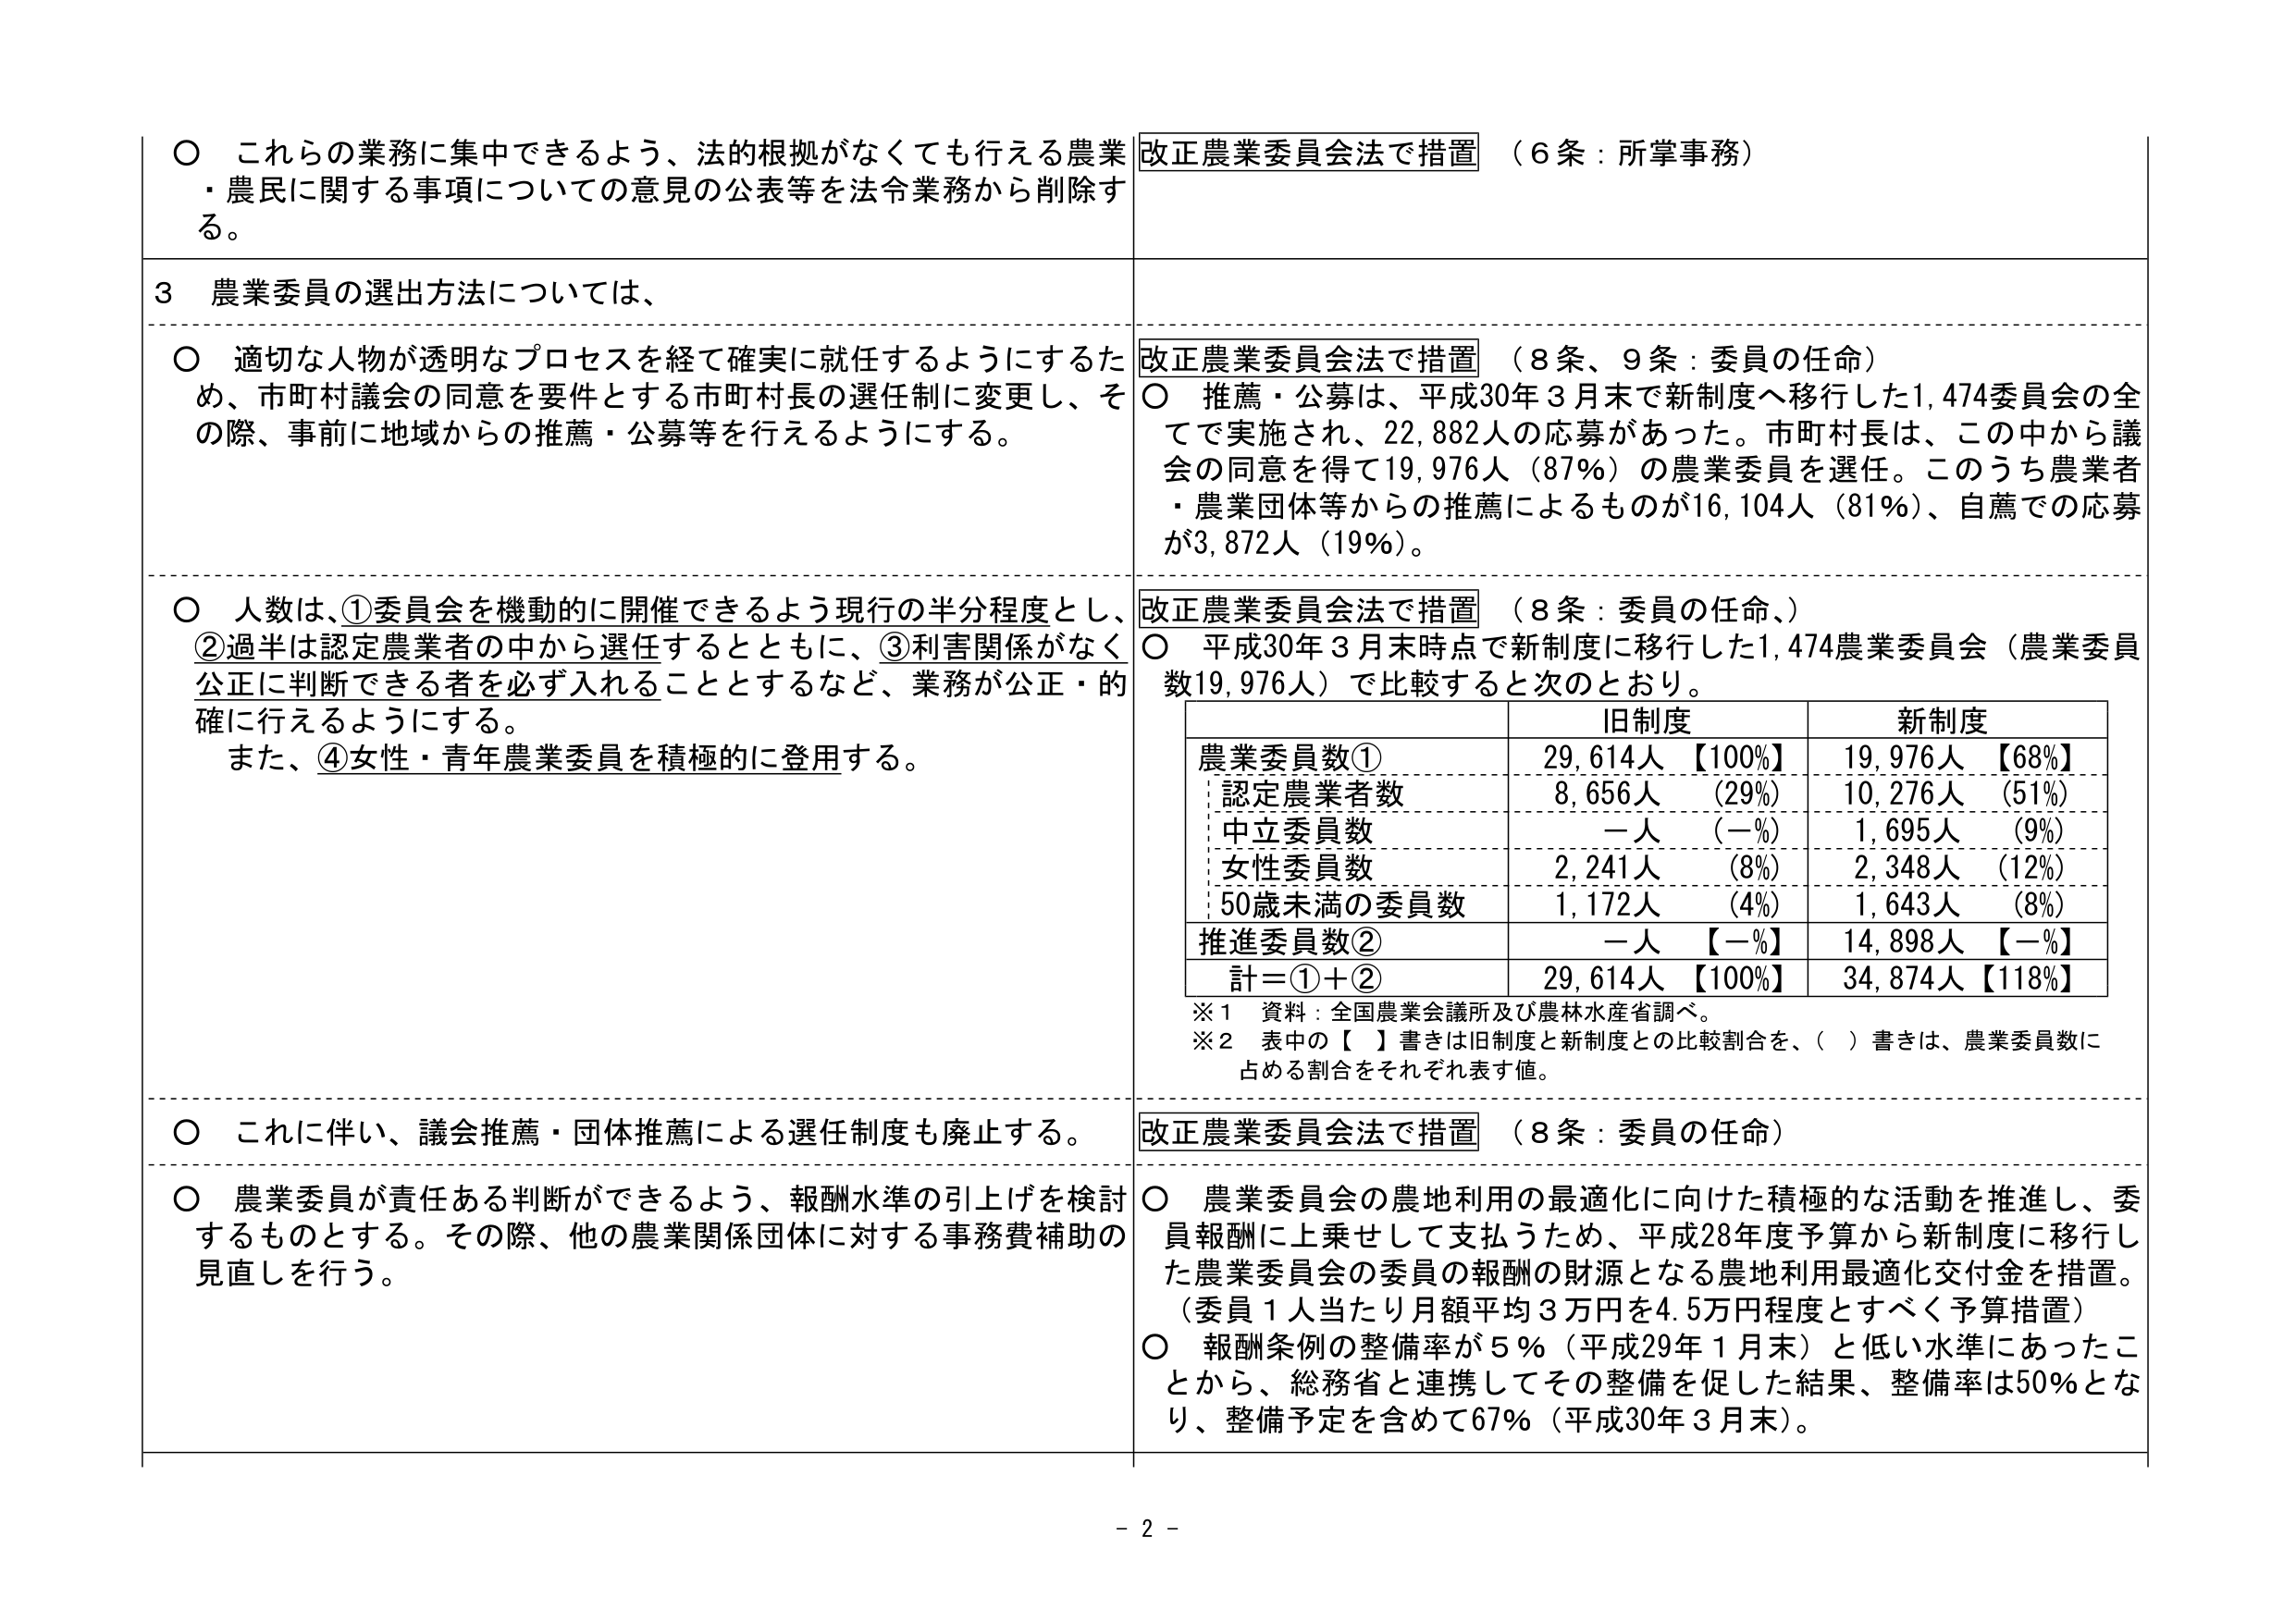
○ これらの業務に集中できるよう、法的根拠がなくても行える農業・農民に関する事項についての意見の公表等を法令業務から削除する。

改正農業委員会法で措置 （6条：所掌事務）

3 農業委員の選出方法については、

○ 適切な人物が透明なプロセスを経て確実に就任するようにするため、市町村議会の同意を要件とする市町村長の選任制に変更し、その際、事前に地域からの推薦・公募等を行えるようにする。

改正農業委員会法で措置 （8条、9条：委員の任命）
○ 推薦・公募は、平成30年3月末で新制度へ移行した1,474委員会の全てで実施され、22,882人の応募があった。市町村長は、この中から議会の同意を得て19,976人（87％）の農業委員を選任。このうち農業者・農業団体等からの推薦によるものが16,104人（81％）、自薦での応募が3,872人（19％）。

○ 人数は、①委員会を機動的に開催できるよう現行の半分程度とし、②過半は認定農業者の中から選任するとともに、③利害関係がなく公正に判断できる者を必ず入れることとするなど、業務が公正・的確に行えるようにする。
また、④女性・青年農業委員を積極的に登用する。

改正農業委員会法で措置 （8条：委員の任命、）
○ 平成30年3月末時点で新制度に移行した1,474農業委員会（農業委員数19,976人）で比較すると次のとおり。

| | 旧制度 | 新制度 |
|---|---|---|
| 農業委員数① | 29,614人【100%】 | 19,976人【68%】 |
| 認定農業者数 | 8,656人（29%） | 10,276人（51%） |
| 中立委員数 | 一人（－%） | 1,695人（9%） |
| 女性委員数 | 2,241人（8%） | 2,348人（12%） |
| 50歳未満の委員数 | 1,172人（4%） | 1,643人（8%） |
| 推進委員数② | 一人【－%】 | 14,898人【－%】 |
| 計＝①＋② | 29,614人【100%】 | 34,874人【118%】 |

※1 資料：全国農業会議所及び農林水産省調べ。
※2 表中の【 】書きは旧制度と新制度との比較割合を、（ ）書きは、農業委員数に占める割合をそれぞれ表す値。

○ これに伴い、議会推薦・団体推薦による選任制度も廃止する。

改正農業委員会法で措置 （8条：委員の任命）

○ 農業委員が責任ある判断ができるよう、報酬水準の引上げを検討するものとする。その際、他の農業関係団体に対する事務費補助の見直しを行う。

○ 農業委員会の農地利用の最適化に向けた積極的な活動を推進し、委員報酬に上乗せして支払うため、平成28年度予算から新制度に移行した農業委員会の委員の報酬の財源となる農地利用最適化交付金を措置。（委員1人当たり月額平均3万円を4.5万円程度とすべく予算措置）

○ 報酬条例の整備率が5％（平成29年1月末）と低い水準にあったことから、総務省と連携してその整備を促した結果、整備率は50％となり、整備予定を含めて67％（平成30年3月末）。

- 2 -